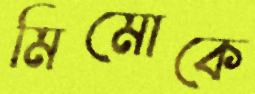
মিমোকে